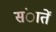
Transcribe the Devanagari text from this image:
संातें